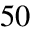
5 0